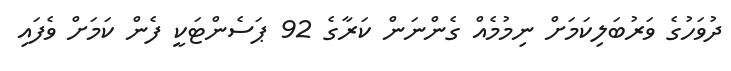
ދުވަހުގެ ވަރުބަލިކަމަށް ނިމުމެއް ގެންނަން ކަރާގެ 92 ޕަސެންޓަކީ ފެން ކަމަށް ވެފައި